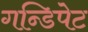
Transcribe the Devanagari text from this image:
गन्डिपेट